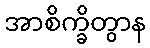
အာစိက္ခိတွာန